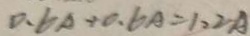
0 . 6 A + 0 . 6 A = 1 . 2 A